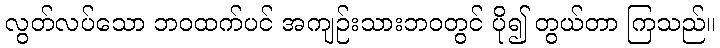
လွတ်လပ်သော ဘဝထက်ပင် အကျဉ်းသားဘဝတွင် ပို၍ တွယ်တာ ကြသည်။